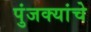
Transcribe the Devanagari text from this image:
पुंजक्यांचे